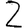
Digit: 2